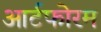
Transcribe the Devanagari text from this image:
आर्टफोरम